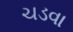
ચડવા